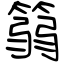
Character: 篛